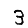
Digit: 3